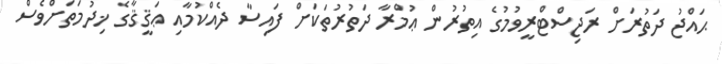
ޙައްޖު ދަތުރަށް ރަޖިސްޓްރީވުމުގެ އިތުރުން ޢުމްރާ ދަތުރުތަކަށް ފައިސާ ދެއްކުމާއި ޢަޤީޤާގެ ޚިދުމަތަށްވެސް